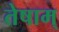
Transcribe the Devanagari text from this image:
तेषाम्